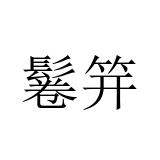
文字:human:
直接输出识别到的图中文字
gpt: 鬈笄